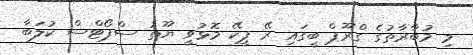
މި މުބާރާތުގެ ގްރޫޕް ބީގައި ރޭ ޕީކޭ މޮޅުވީ ޔޫތު ސްޕޯޓްސް ކުލަބާ